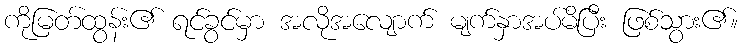
ကိုမြတ်ထွန်း၏ ရင်ခွင်မှာ အလိုအလျောက် မျက်နှာအပ်မိပြီး ဖြစ်သွား၏။